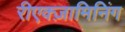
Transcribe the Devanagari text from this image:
रीएक्ज़ामिनिंग